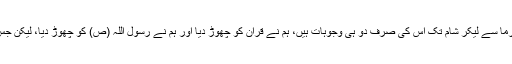
ان کا کہنا تھا ’’آج مسلمان پوری دنیا میں کیوں لڑ رہے ہیں، برما سے لیکر شام تک اس کی صرف دو ہی وجوہات ہیں، ہم نے قرآن کو چھوڑ دیا اور ہم نے رسول اللہ (ص) کو چھوڑ دیا، لیکن جس دن دونوں کو پکڑ لیا تو مسلمانوں کا ضمیر بیدار ہوجائے گا۔